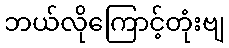
ဘယ်လိုကြောင့်တုံးဗျ